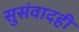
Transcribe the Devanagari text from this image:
सुसंवादही